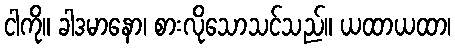
ငါကို။ ခါဒမာနော၊ စားလိုသောသင်သည်။ ယထာယထာ၊